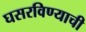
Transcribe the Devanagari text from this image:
घसरविण्याची